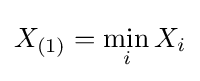
X_{(1)}=\min _{i}X_{i}